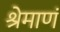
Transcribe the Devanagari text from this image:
श्रेमाणं